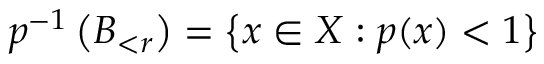
p ^ { - 1 } \left( B _ { < r } \right) = \left\{ x \in X : p ( x ) < 1 \right\}